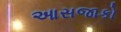
આસજાકો